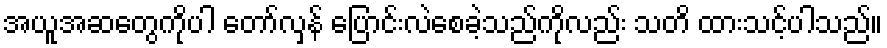
အယူအဆတွေကိုပါ တော်လှန် ပြောင်းလဲစေခဲ့သည်ကိုလည်း သတိ ထားသင့်ပါသည်။